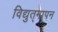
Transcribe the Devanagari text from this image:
विद्युत्‌मापन